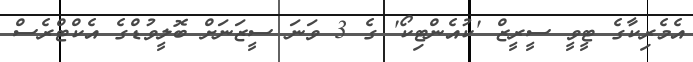
އެމެރިކާގެ ޓީވީ ސީރީޒް 'ކުއެންޓިކޯ' ގެ 3 ވަނަ ސީޒަނަށް ބޮލީވުޑްގެ އެކްޓްރެސް